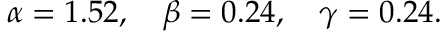
\alpha = 1 . 5 2 , ~ ~ ~ \beta = 0 . 2 4 , ~ ~ ~ \gamma = 0 . 2 4 .